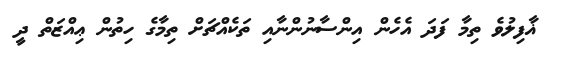
ޣާފިލުވެ ތިމާ ފަދަ އެހެން އިންސާނުންނާއި ތަކެއްޗަށް ތިމާގެ ހިތުން ޢިއްޒަތް ދީ